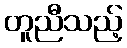
တူညီသည့်